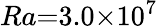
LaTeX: Ra{=}3.0{\times}10^{7}